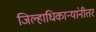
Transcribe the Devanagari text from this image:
जिल्हाधिकार्‍यांनीतर